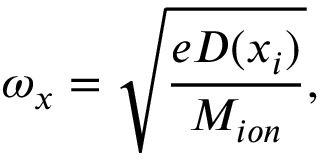
\omega _ { x } = \sqrt { \frac { e D ( x _ { i } ) } { M _ { i o n } } } ,